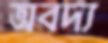
অবদ্য